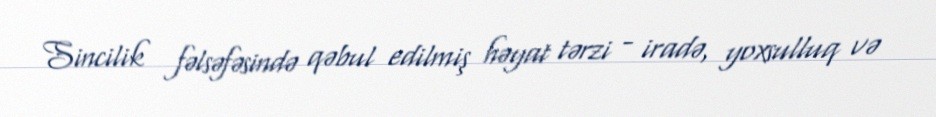
Sincilik fəlsəfəsində qəbul edilmiş həyat tərzi - iradə, yoxsulluq və